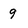
Character: 9